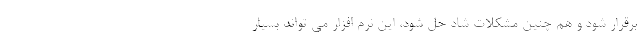
برقرار شود و هم چنین مشکلات شاد حل شود، این نرم افزار می تواند بسیار